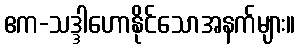
ဧက-သဒ္ဒါဟောနိုင်သောအနက်များ။